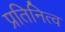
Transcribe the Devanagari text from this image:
प्रतिनित्व